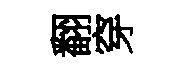
翻穿